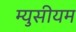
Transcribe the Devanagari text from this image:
म्युसीयम